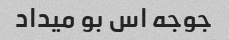
جوجه اس بو میداد